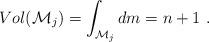
LaTeX: \begin{align*}Vol(\mathcal{M}_{j})=\int_{\mathcal{M}_{j}}dm=n+1 \ . \end{align*}